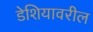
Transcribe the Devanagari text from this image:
डेशियावरील